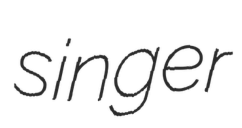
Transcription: singer